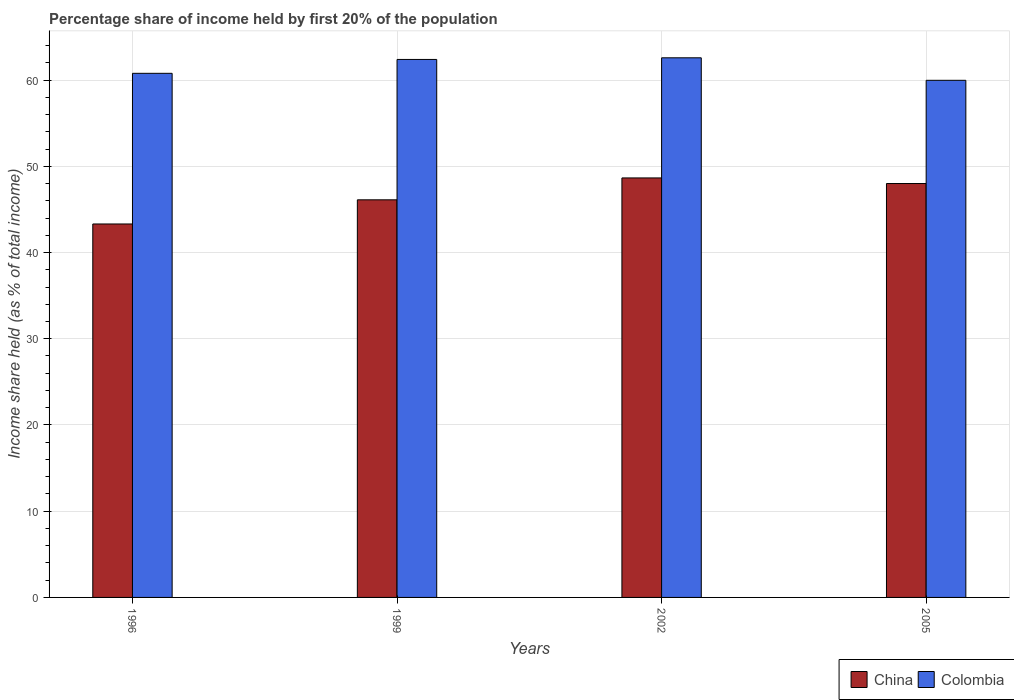
| Years | China | Colombia |
 | --- | --- | --- |
 | 1996 | 43.3 | 60.8 |
 | 1999 | 46.1 | 62.4 |
 | 2002 | 48.6 | 62.6 |
 | 2005 | 48 | 60 |